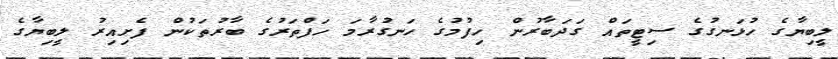
ލީބިޔާގެ ހުޅަނގުގެ ސިޓީތައް ގަދަބާރުން ހިފުމުގެ ހަނގުރާމަ ހަފްތަރުގެ ބާރުތަކުން ފެށިއިރު ލީބިޔާގެ